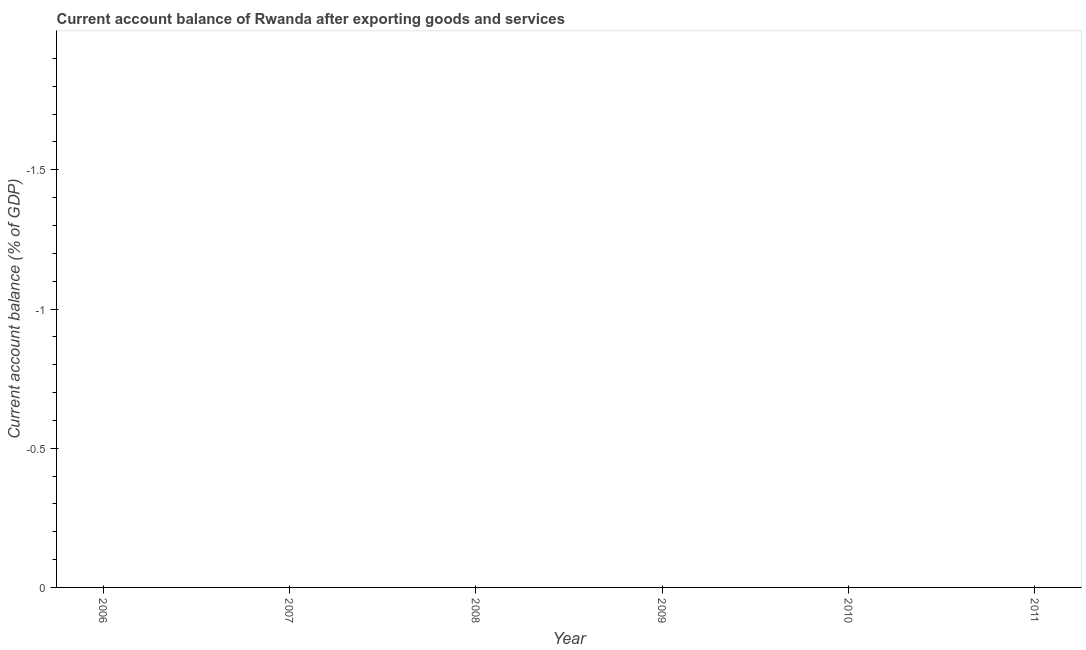
| Year | Current account balance |
 | --- | --- |
 | 2006 | -4.47 |
 | 2007 | -2.26 |
 | 2008 | -5.05 |
 | 2009 | -7.13 |
 | 2010 | -7.26 |
 | 2011 | -7.45 |